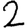
Digit: 2